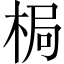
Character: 梮